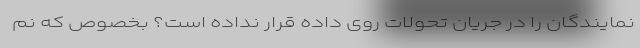
نمایندگان را در جریان تحولات روی داده قرار نداده است؟ بخصوص که نم